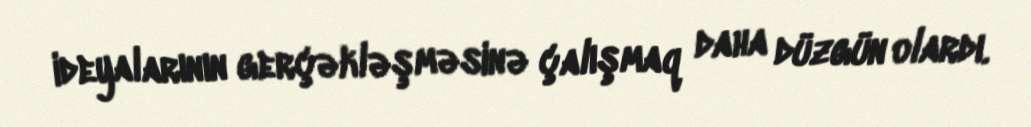
ideyalarının gerçəkləşməsinə çalışmaq daha düzgün olardı.